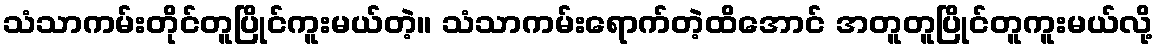
သံသာကမ်းတိုင်တူပြိုင်ကူးမယ်တဲ့။ သံသာကမ်းရောက်တဲ့ထိအောင် အတူတူပြိုင်တူကူးမယ်လို့